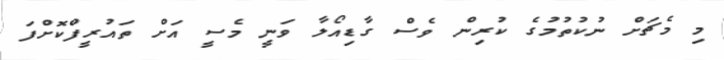
މި މެޗަށް ނުކުތުމުގެ ކުރިން ވެސް ގާޑިއޯލާ ވަނީ މެސީ އަށް ތައުރީފްކޮށްފަ